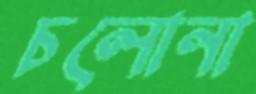
চলোনা